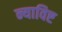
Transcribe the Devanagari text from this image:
न्याविष्ट